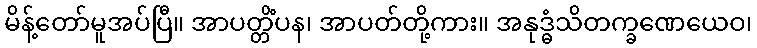
မိန့်တော်မူအပ်ပြီ။ အာပတ္တိံပန၊ အာပတ်တို့ကား။ အနုဒ္ဓံသိတက္ခဏေယေဝ၊